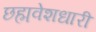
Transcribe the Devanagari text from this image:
छह्मवेशधारी